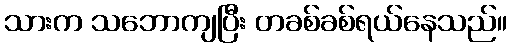
သားက သဘောကျပြီး တခစ်ခစ်ရယ်နေသည်။